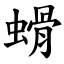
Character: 螖